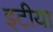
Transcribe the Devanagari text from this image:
इटीया